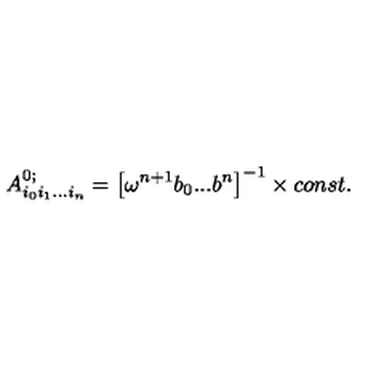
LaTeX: A _ { i _ { 0 } i _ { 1 } . . . i _ { n } } ^ { 0 ; } = \left[ \omega ^ { n + 1 } b _ { 0 } . . . b ^ { n } \right] ^ { - 1 } \times c o n s t .